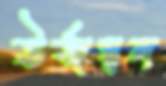
ঊর্জস্বল